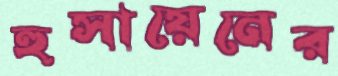
হুসায়েনের